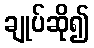
ချုပ်ဆို၍